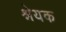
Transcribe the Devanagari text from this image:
श्नेयक